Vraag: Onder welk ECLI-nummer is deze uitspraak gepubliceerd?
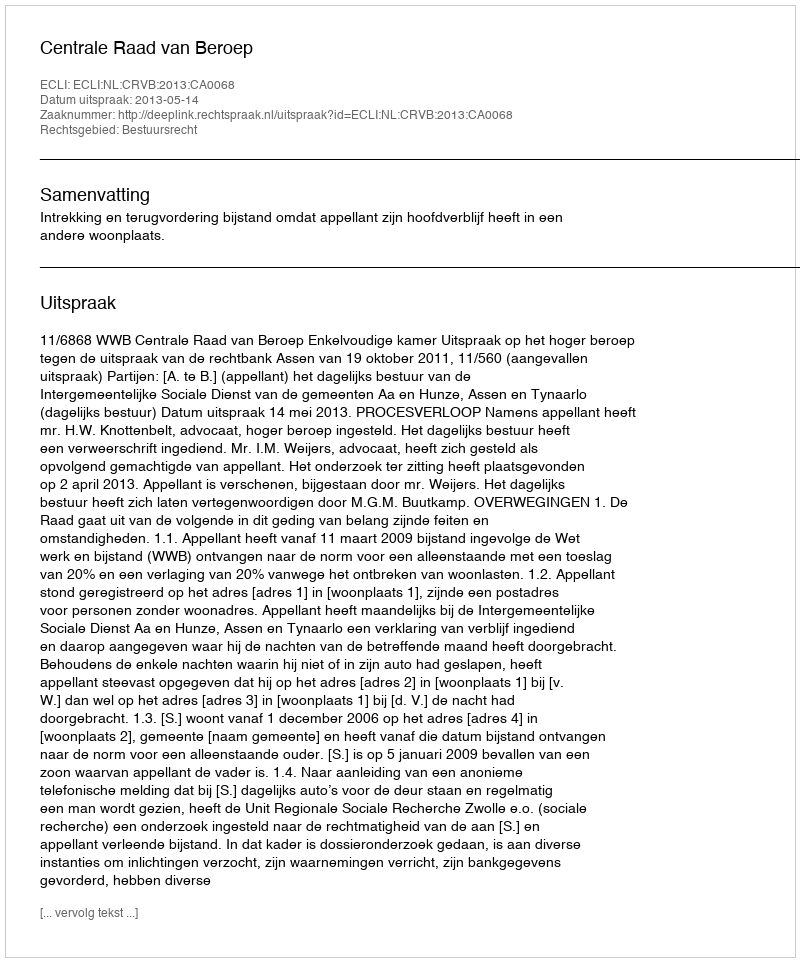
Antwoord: ECLI:NL:CRVB:2013:CA0068